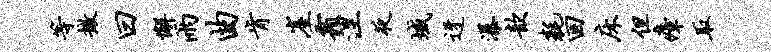
等撤曰懈雨曲肯崖霜涅夜域迓瀑歆耗回床但瘴取